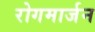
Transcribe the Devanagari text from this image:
रोगमार्जन